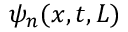
\psi _ { n } ( x , t , L )